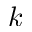
k